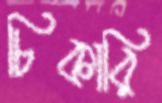
চিকারি